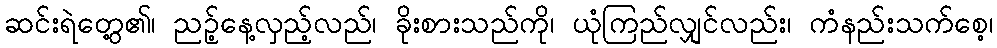
ဆင်းရဲတွေ့၏၊ ညဉ့်နေ့လှည့်လည်၊ ခိုးစားသည်ကို၊ ယုံကြည်လျှင်လည်း၊ ကံနည်းသက်စေ့၊